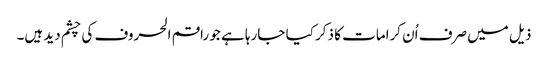
ذیل میں صرف اُن کرامات کا ذکر کیا جارہا ہے جو راقم الحروف کی چشم دید ہیں۔